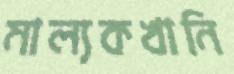
মাল্যকখানি